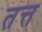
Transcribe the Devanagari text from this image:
तत्त